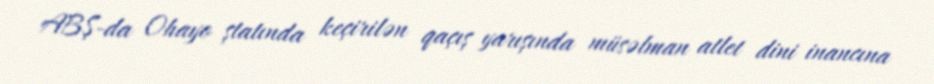
ABŞ-da Ohayo ştatında keçirilən qaçış yarışında müsəlman atlet dini inancına